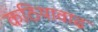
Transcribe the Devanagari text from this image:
कठियावाढ